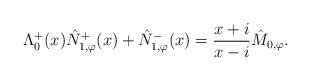
LaTeX: \begin{align*}\Lambda^{+}_{0}(x) \hat{N}_{1,\varphi}^{+}(x) + \hat{N}_{1,\varphi}^{-}(x) = \frac{x + i}{x - i} \hat{M}_{0,\varphi}.\end{align*}